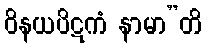
ဝိနယပိဋကံ နာမာ”တိ